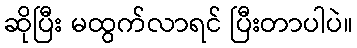
ဆိုပြီး မထွက်လာရင် ပြီးတာပါပဲ။